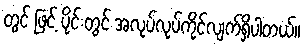
တွင် ဖြင့် ပိုင်းတွင် အလုပ်လုပ်ကိုင်လျက်ရှိပါတယ်။